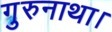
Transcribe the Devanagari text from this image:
गुरुनाथा।